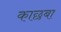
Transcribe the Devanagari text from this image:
काछबा